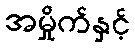
အမှိုက်နှင့်